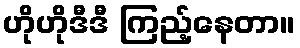
ဟိုဟိုဒီဒီ ကြည့်နေတာ။